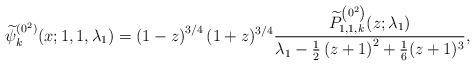
\begin{gather*} \widetilde{\psi }_{k}^{(0^{2})}(x;1,1,\lambda _{1})=\left( 1-z\right) ^{3/4}(1+z) ^{3/4}\frac{\widetilde{P}_{1,1,k}^{\left( 0^{2}\right) }(z; \lambda_1) }{\lambda _{1}-\frac{1}{2}\left( z+1\right) ^{2}+\frac{1}{6}(z+1) ^{3}},\end{gather*}